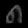
Digit: ၈